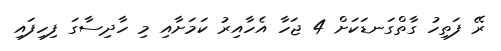
ރޭ ފަތިހު ގާތްގަނޑަކަށް 4 ޖަހާ އެހާއިރު ކަމަށާއި މި ހާދިސާގަ ފިހިފައި